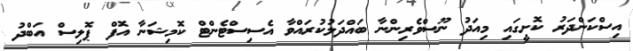
އިސްކަންދަރު ކޮށީގައި މިއަދު ނޫސްވެރިންނާ ބައްދަލުކުރައްވާ އެސިސްޓެންޓް ކޮމިޝަނާ އޮފް ޕޮލިސް އަބްދު